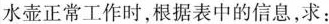
水壶正常工作时，根据表中的信息，求：